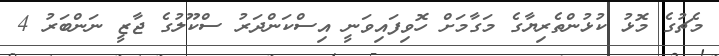
މެޗުގެ މޮޅު ކުޅުންތެރިޔާގެ މަގާމަށް ހޮވިފައިވަނީ އިސްކަންދަރު ސްކޫލުގެ ޖާޒީ ނަންބަރު 4